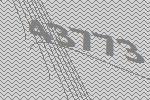
43773